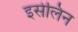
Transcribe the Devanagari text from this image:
इसेलिन